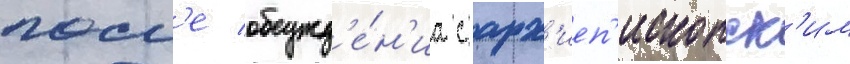
посл'е обсужд'е́н'иа с арх'иеп'ископск'им